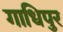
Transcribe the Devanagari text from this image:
गाधिपुर